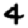
Digit: 4